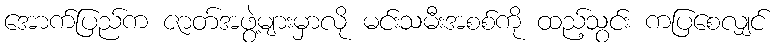
အောက်ပြည်က ဇာတ်အဖွဲ့များမှာလို မင်းသမီးအစစ်ကို ထည့်သွင်း ကပြစေလျှင်